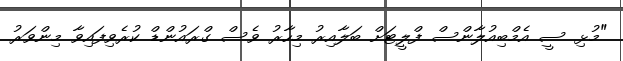
"މުޅި ސީ އެމްބިއުލާންސް ފްލީޓަށް ބަލާއިރު މިހާރު ވެސް ގްރައުންޑް ކުރެވިފައިވާ މިންވަރު